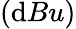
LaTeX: (\mathrm{d}Bu)